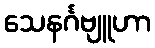
သေနင်္ဂဗျူဟာ